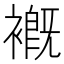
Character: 𧜳